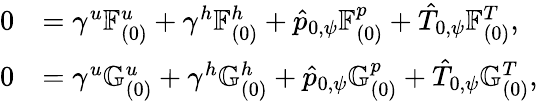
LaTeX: \begin{array}{rl}{0}&{=\gamma^{u}\mathbb{F}_{(0)}^{u}+\gamma^{h}\mathbb{F}_{(0)}^{h}+\hat{p}_{0,\psi}\mathbb{F}_{(0)}^{p}+\hat{T}_{0,\psi}\mathbb{F}_{(0)}^{T},}\\ {0}&{=\gamma^{u}\mathbb{G}_{(0)}^{u}+\gamma^{h}\mathbb{G}_{(0)}^{h}+\hat{p}_{0,\psi}\mathbb{G}_{(0)}^{p}+\hat{T}_{0,\psi}\mathbb{G}_{(0)}^{T},}\end{array}